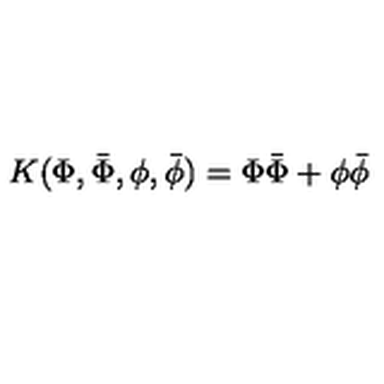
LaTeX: K ( \Phi , \bar { \Phi } , \phi , \bar { \phi } ) = \Phi \bar { \Phi } + \phi \bar { \phi }